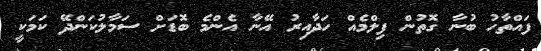
ފައްތާހު ބުނާ ގޮތުން ފިލްމެއް ހަދާއިރު އޭނާ އެންމެ ބޮޑަށް ސަމާލުކަންދޭ ކަމަކީ